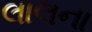
લાલના